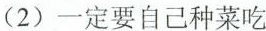
(2)一定要自己种菜吃